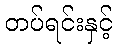
တပ်ရင်းနှင့်